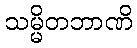
သမ္မိတဘာဏိ